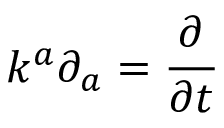
k ^ { a } \partial _ { a } = { \frac { \partial } { \partial t } }